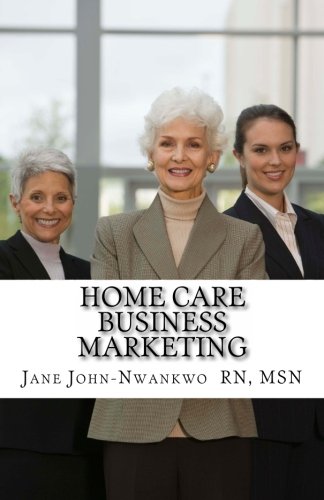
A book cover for Home Care Business Marketing (How to make a million in nursing) (Volume 3); Jane John-Nwankwo RN; Medical Books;